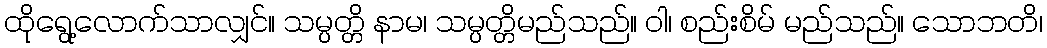
ထိုရွေ့လောက်သာလျှင်။ သမ္ပတ္တိ နာမ၊ သမ္ပတ္တိမည်သည်။ ဝါ၊ စည်းစိမ် မည်သည်။ သောဘတိ၊